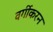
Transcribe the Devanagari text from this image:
वर्गीकरन